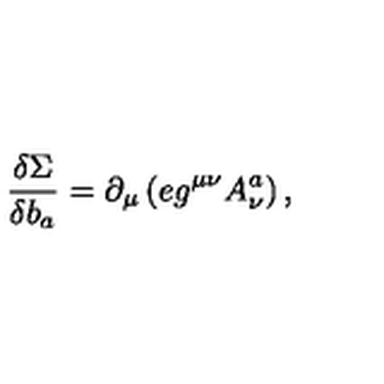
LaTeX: { \displaystyle { \frac { \delta \Sigma } { \delta b _ { a } } } } = \partial _ { \mu } \left( e g ^ { \mu \nu } A _ { \nu } ^ { a } \right) ,